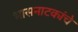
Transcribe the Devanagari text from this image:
भासनाटकांचे